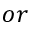
o r